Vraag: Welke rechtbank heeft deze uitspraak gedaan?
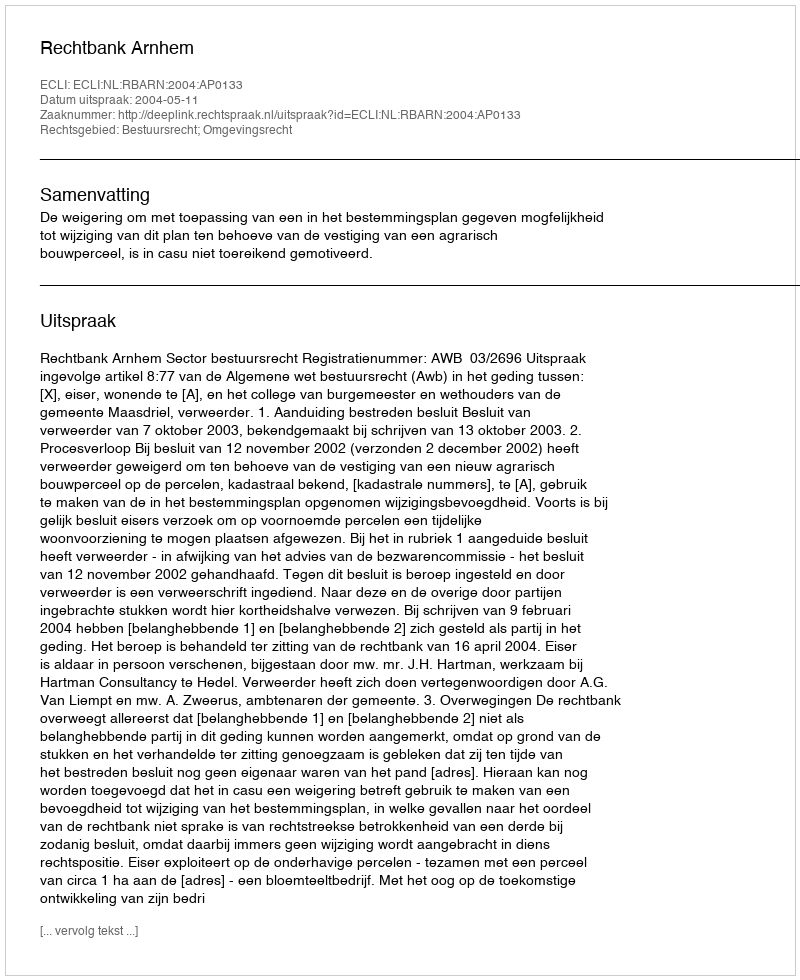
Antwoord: Rechtbank Arnhem